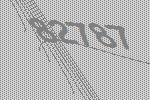
82787